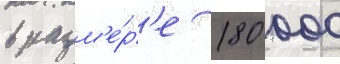
в разм'е́р'е 180 000